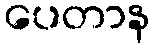
ပေတာန